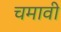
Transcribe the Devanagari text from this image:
चमावी